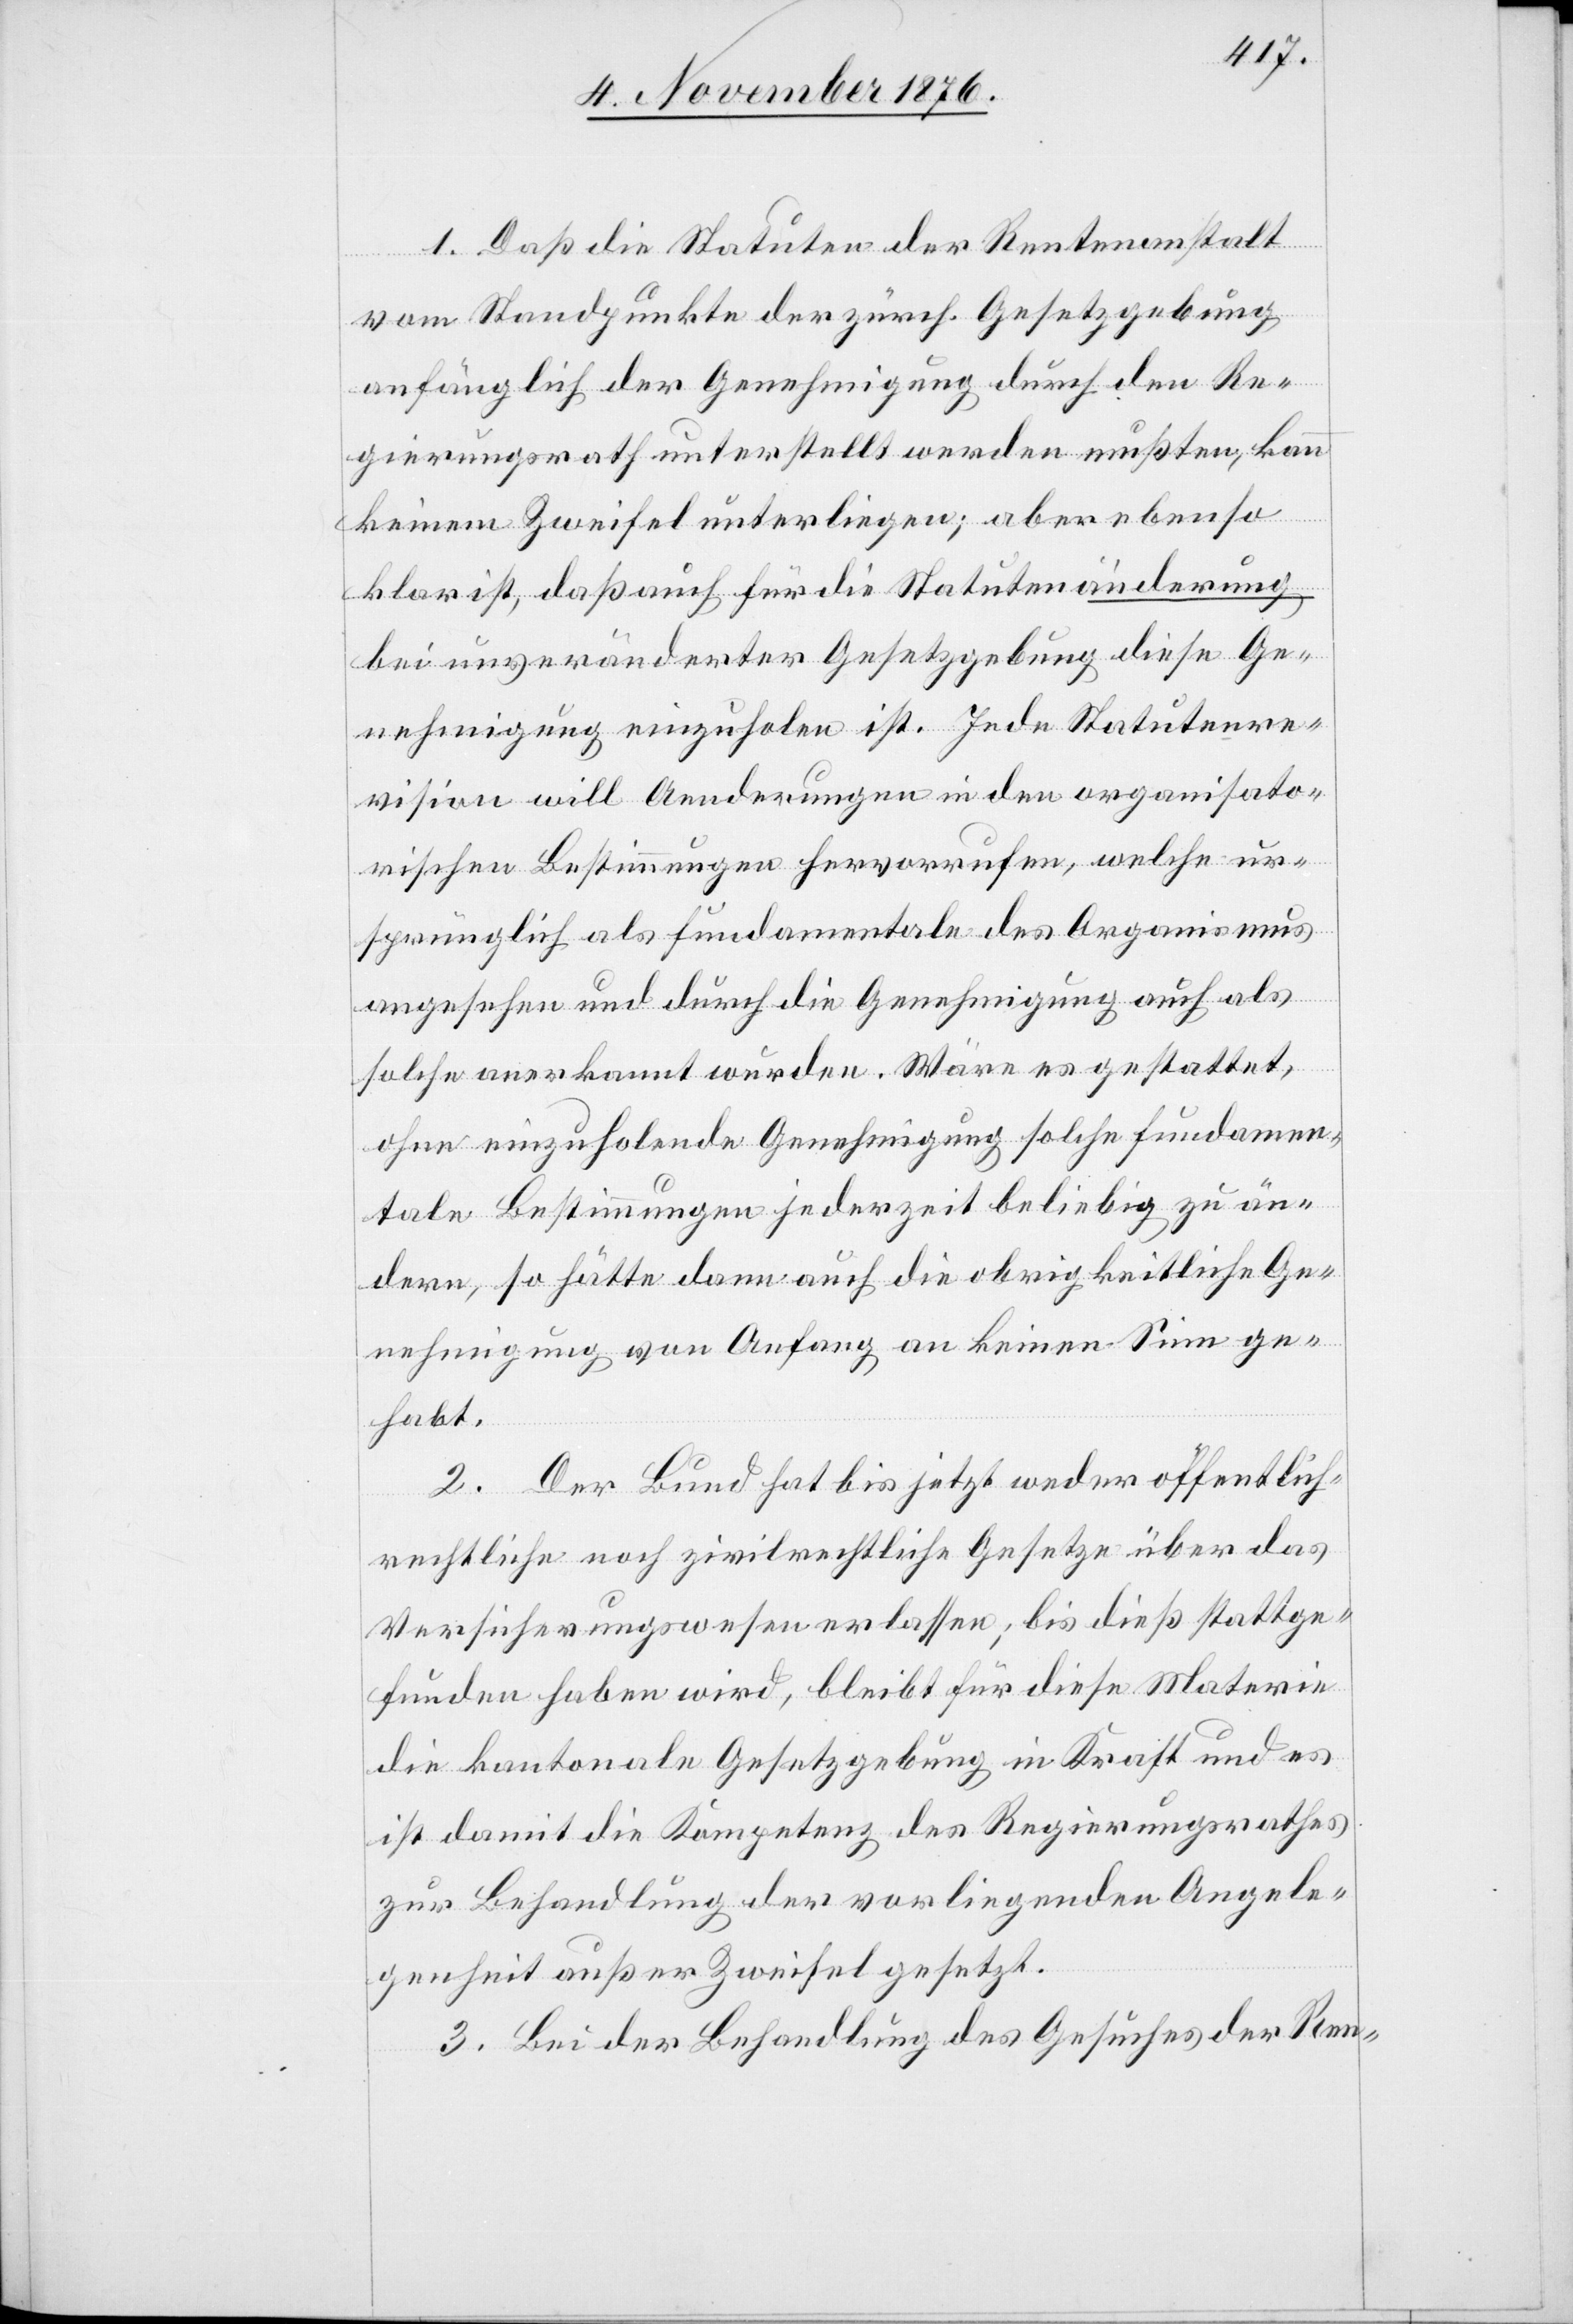
1. Daß die Statuten der Rentenanstalt
vom Standpunkte der zürch. Gesetzgebung
anfänglich der Genehmigung durch den Re¬
gierungsrath unterstellt werden mußten, kann
keinem Zweifel unterliegen; aber ebenso
klar ist, daß auch für die Statutenänderung
bei unveränderter Gesetzgebung diese Ge¬
nehmigung einzuholen ist. Jede Statutenre¬
vision will Aenderungen in den organisato¬
rischen Bestimmungen hervorrufen, welche ur¬
sprünglich als fundamentale des Organismus
angesehen und durch die Genehmigung auch als
solche anerkannt wurden. Wäre es gestattet,
ohne einzuholende Genehmigung solche fundamen¬
talen Bestimmungen jederzeit beliebig zu än¬
dern, so hätte dann auch die obrigkeitliche Ge¬
nehmigung von Anfang an keinen Sinn ge¬
habt.
2. Der Bund hat bis jetzt weder öffentlich-r¬
echtliche noch zivilrechtliche Gesetze über das
Versicherungswesen erlassen; bis dieß stattge¬
funden haben wird, bleibt für diese Materie
die kantonale Gesetzgebung in Kraft und es
ist damit die Kompetenz des Regierungsrathes
zur Behandlung der vorliegenden Angele¬
genheit außer Zweifel gesetzt.
3. Bei der Behandlung des Gesuches der Ren-